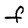
Character: F